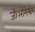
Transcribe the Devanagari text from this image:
जीओमेम्ब्रेन